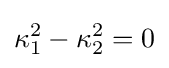
\kappa _{1}^{2}-\kappa _{2}^{2}=0